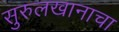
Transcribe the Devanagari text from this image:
सुरुलखानाचा